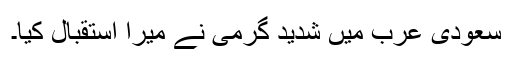
سعودی عرب میں شدید گرمی نے میرا استقبال کیا۔